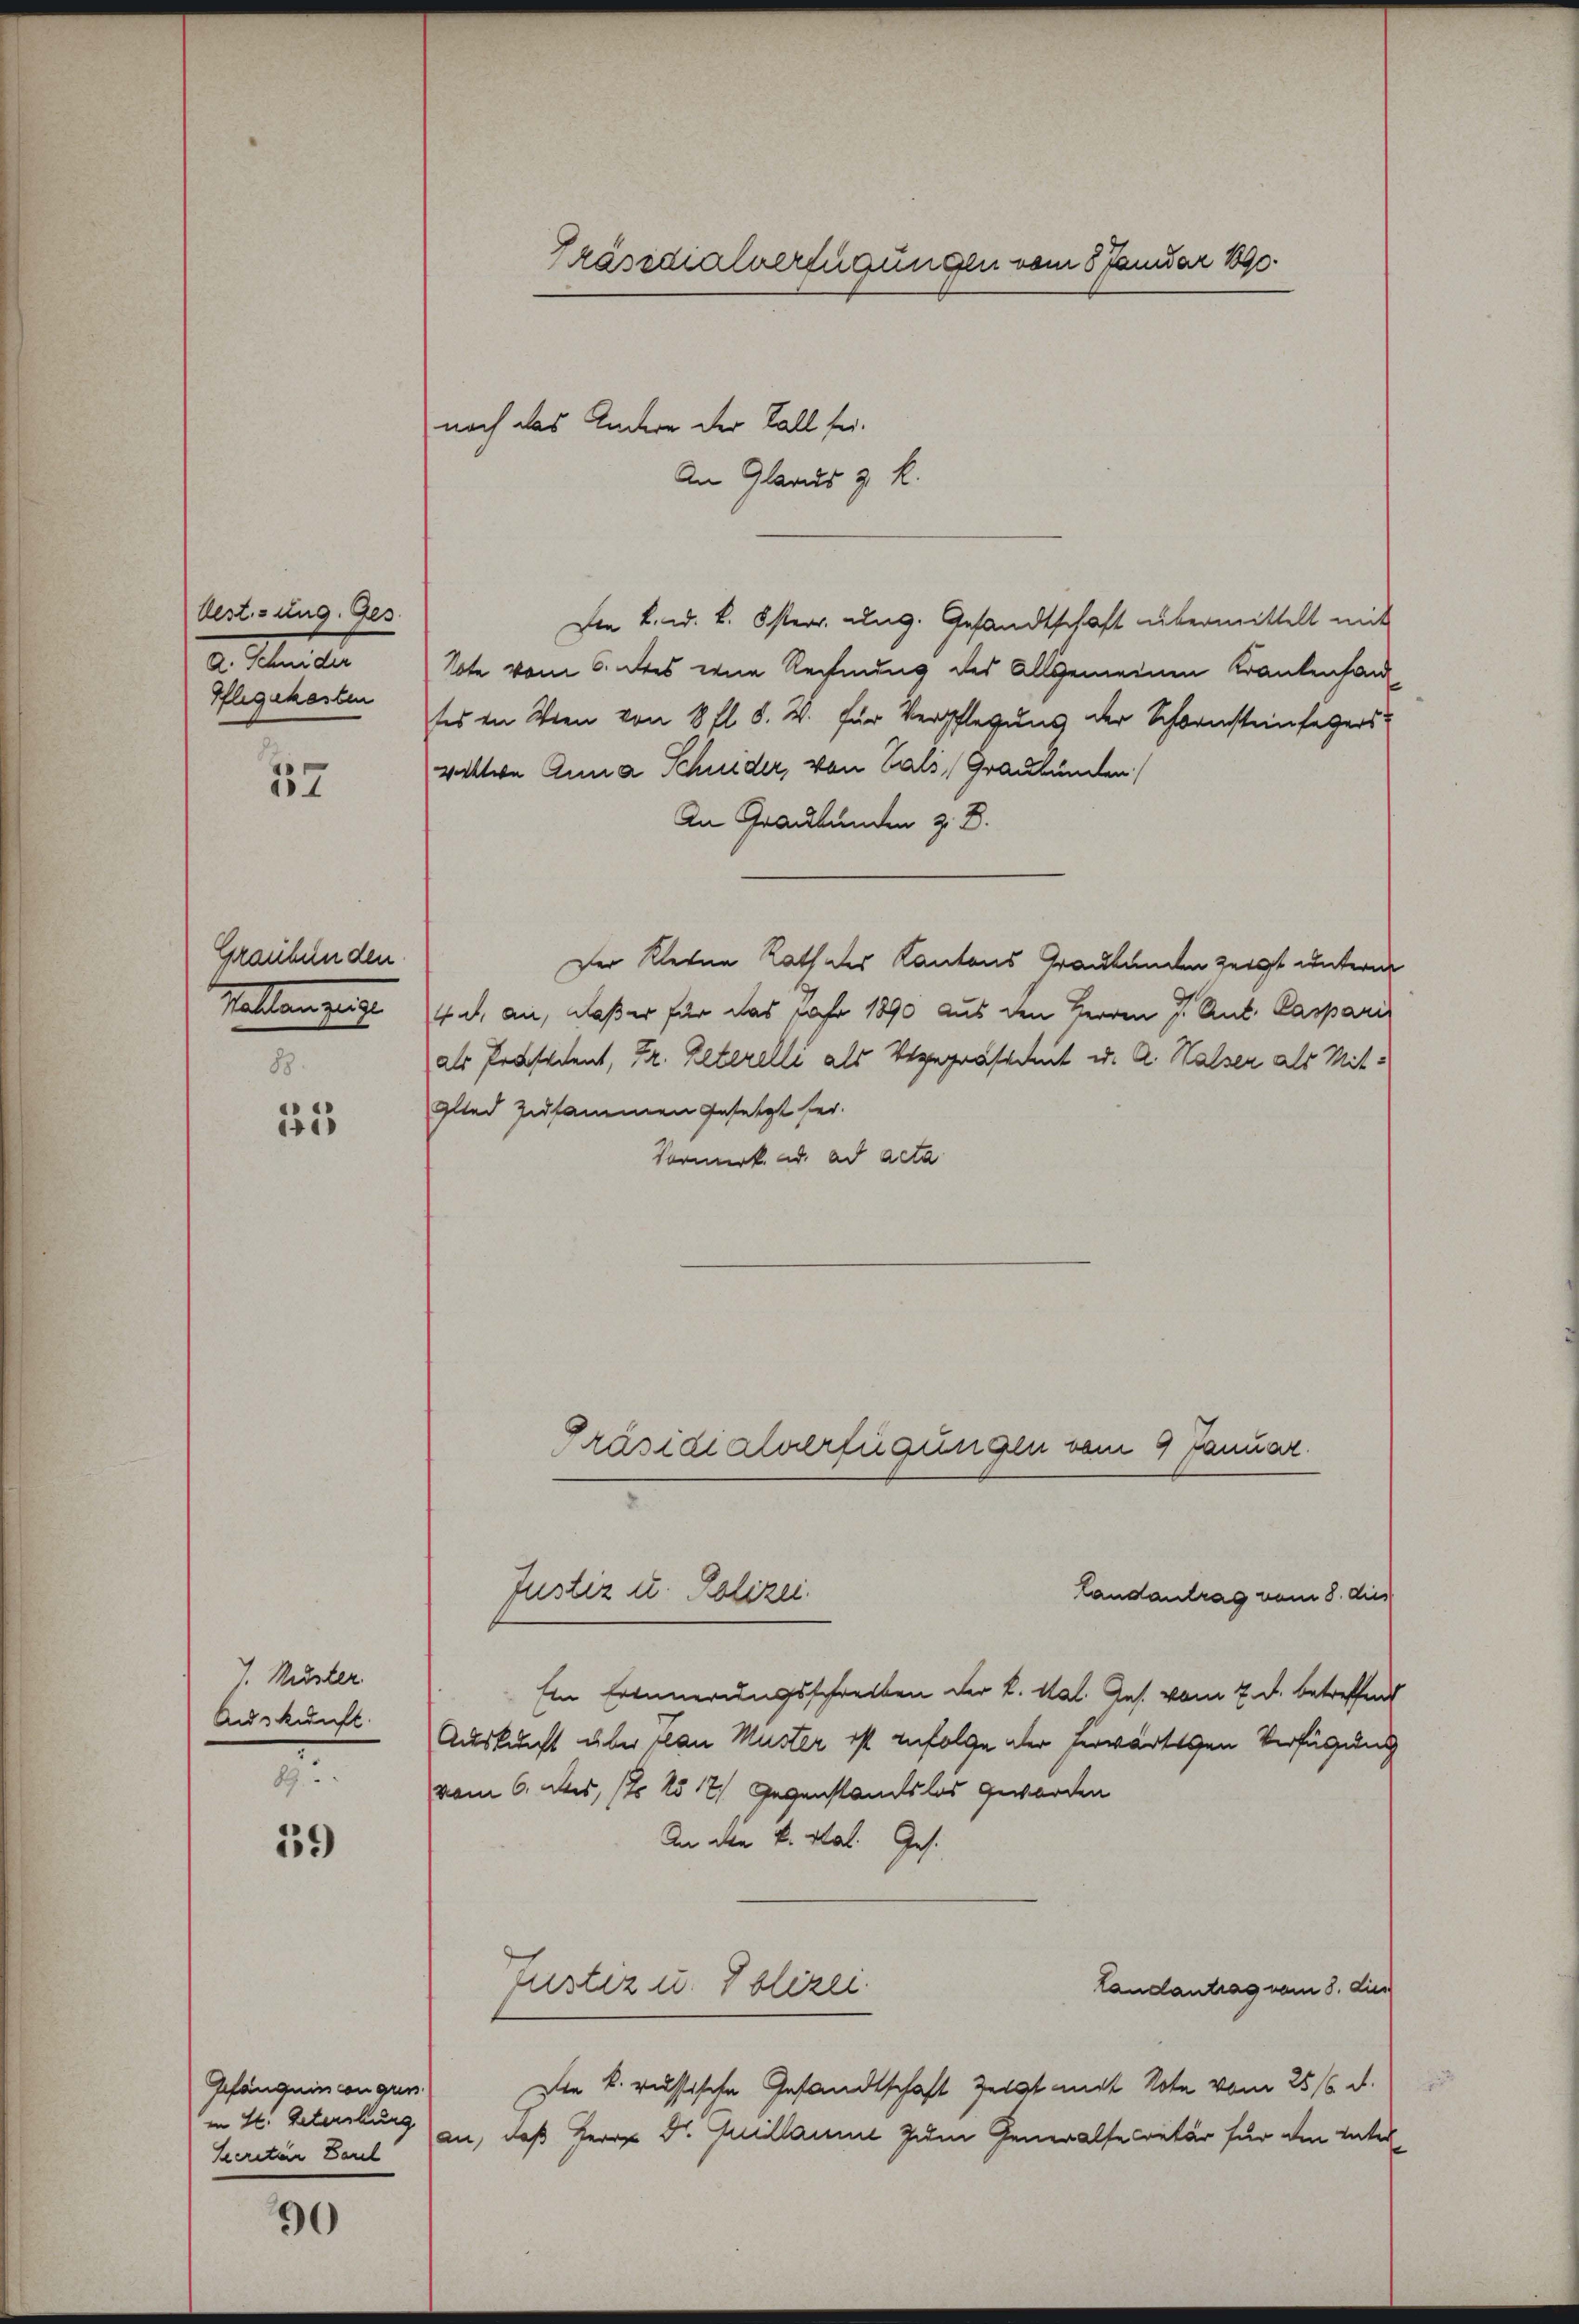
Oestung. Ges.
a. Schnider
Pflegekosten

57

Graubünden.
Verlangen.

335

Murter
Auskunft.
m

19)

Gefanguin con gun
in St. Geteilung
Secretair Paul

90

noch das Andern der Fall sei¬
An Glarus & k.
Die K. i. B. Österr. Aug. Gesandtschaft übermittelt mit
Note vom 6. des wie Rechnung des allgemeinen Krankenhand
tes in Wien von 8 fl. S. 4. für Verpflegung der Schornsteinfegers
retten Anna Schnider, von Cali, Graubünden
An Graubünden z. B.
Der Kleine Rath des Kantons Graubünden zeigt unterm
4 u. an, daß er für das Jahr 1890 aus den Herren J. Ant. Caspari
als Präsident, Dr. Peterelli als Vizepräsident u. A. Walser als Mit¬
Glied zusammen gesetzt sei.
Vormerk. ad. ad acta

Präsidialverfügungen vom 8. Januar 1890.

Präsidialverfügungen vom 9 Januar.

Landantrag vom 8. dies
Ein Erinnerungsschreiben der k. Kal. Ges. vom 2. d. betreffend
Auskunft über Plan Muster ist infolge der herwärtigen Verfügung
vom 6. ds, 12 No 17.) Gegenstandslos geworden
An die k. Stat. Ges.
Justiz u. Polizei
Landantrag vom 8. dies
Die k. russische Gesandtschaft zeigt mit Note vom 25/6. d.
an, daß Herrn Dr. Guillaume zum Generalsecretär für den Vater

Justiz u. Polizei.